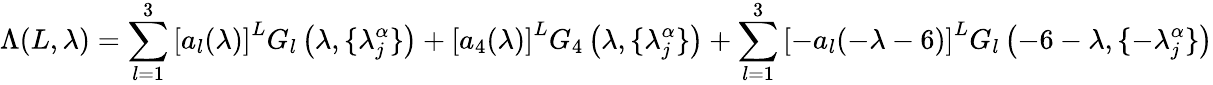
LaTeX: \Lambda(L,\lambda)=\sum_{l=1}^{3}\left[a_{l}(\lambda)\right]^{L}G_{l}\left(\lambda,\{ \lambda_{j}^{\alpha}\} \right)+\left[a_{4}(\lambda)\right]^{L}G_{4}\left(\lambda,\{ \lambda_{j}^{\alpha}\} \right)+\sum_{l=1}^{3}\left[-a_{l}(-\lambda-6)\right]^{L}G_{l}\left(-6-\lambda,\{ -\lambda_{j}^{\alpha}\} \right)